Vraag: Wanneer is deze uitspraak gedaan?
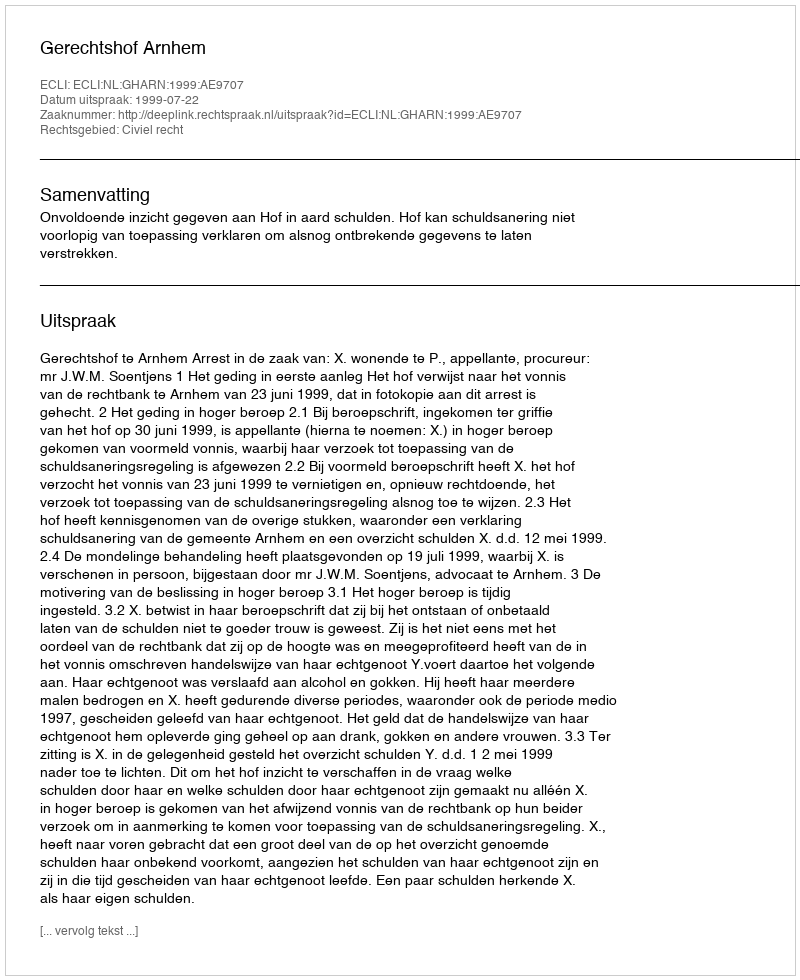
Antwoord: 1999-07-22